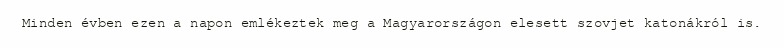
Minden évben ezen a napon emlékeztek meg a Magyarországon elesett szovjet katonákról is.